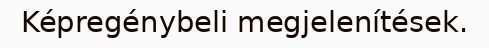
Képregénybeli megjelenítések.